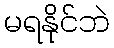
မရနိုင်ဘဲ